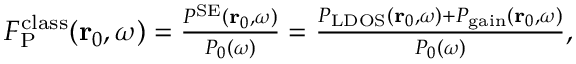
\begin{array} { r } { F _ { \mathrm { P } } ^ { \mathrm { c l a s s } } ( \mathbf { r } _ { 0 } , \omega ) = \frac { P ^ { \mathrm { S E } } ( { \bf r } _ { 0 } , \omega ) } { P _ { 0 } ( \omega ) } = \frac { P _ { \mathrm { L D O S } } ( \mathbf { r } _ { 0 } , \omega ) + P _ { \mathrm { g a i n } } ( \mathbf { r } _ { 0 } , \omega ) } { P _ { 0 } ( { \omega } ) } , } \end{array}